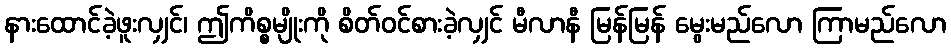
နားထောင်ခဲ့ဖူးလျှင်၊ ဤကိစ္စမျိုးကို စိတ်ဝင်စားခဲ့လျှင် မီလာနီ မြန်မြန် မွေးမည်လော ကြာမည်လော